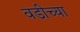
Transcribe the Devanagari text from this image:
वडीच्या